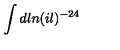
\int d l n ( i l ) ^ { - 2 4 }